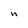
Character: n